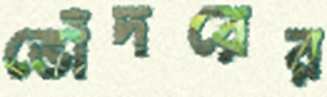
ভোঁদরের